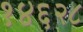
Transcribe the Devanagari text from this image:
१४६२८